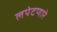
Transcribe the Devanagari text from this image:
लपेटणारे